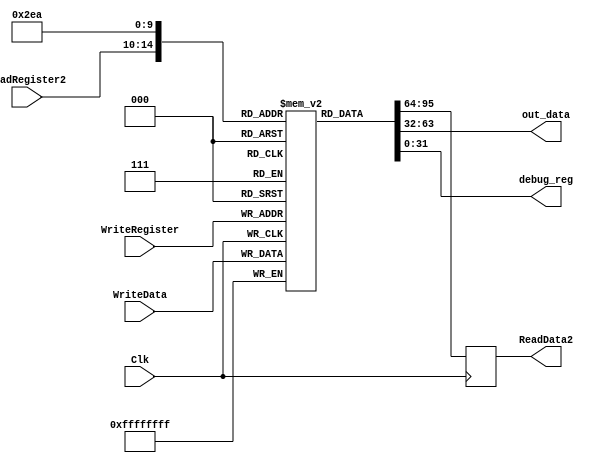
`timescale 1ns / 1ps
//////////////////////////////////////////////////////////////////////////////////
// Company: 
// Engineer: 
// 
// Design Name: 
// Module Name: registers
// Project Name: 
// Target Devices: 
// Tool Versions: 
// Description: 
// 
// Dependencies: 
// 
// Revision:
// Revision 0.01 - File Created
// Additional Comments:
// 
//////////////////////////////////////////////////////////////////////////////////


module RegisterFile( ReadRegister2, WriteRegister, WriteData, Clk,  ReadData2,out_data, debug_reg);
	
	input [4:0] ReadRegister2;
	input [4:0] WriteRegister;
	input [31:0] WriteData;
	
	input Clk;

	
	output reg [31:0] ReadData2;
	output wire [31:0] out_data;
	output wire [31:0]  debug_reg;
(* mark_debug = "true" *)  	reg [31:0] regFile [0:31];
 	
	
	initial begin
		regFile[0] <= 0;
	end

    always @(negedge Clk) begin
        ReadData2 <= regFile[ReadRegister2];
	end

	always @(posedge Clk) begin
			regFile[WriteRegister] <= WriteData;
	end
		
assign out_data = regFile[23];
assign debug_reg = regFile[10];
endmodule